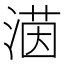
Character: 𪶲